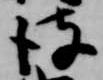
彼